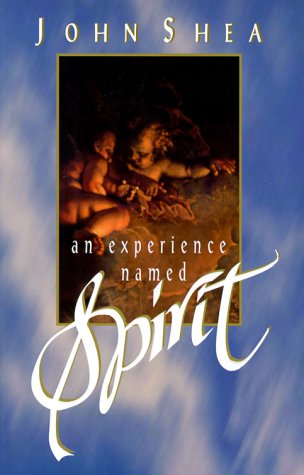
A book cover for An Experience Named Spirit; John Shea; Religion & Spirituality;